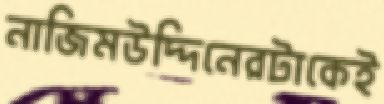
নাজিমউদ্দিনেরটাকেই